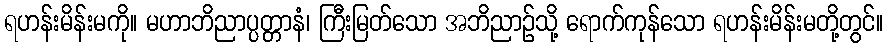
ရဟန်းမိန်းမကို။ မဟာဘိညာပ္ပတ္တာနံ၊ ကြီးမြတ်သော အဘိညာဉ်သို့ ရောက်ကုန်သော ရဟန်းမိန်းမတို့တွင်။